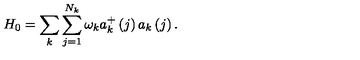
H _ { 0 } = \sum _ { k } \sum _ { j = 1 } ^ { N _ { k } } \omega _ { k } a _ { k } ^ { + } \left( j \right) a _ { k } \left( j \right) .